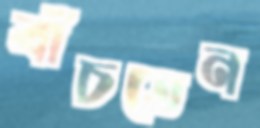
বাঁচতেন